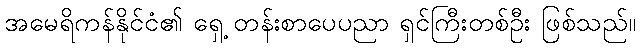
အမေရိကန်နိုင်ငံ၏ ရှေ့ တန်းစာပေပညာ ရှင်ကြီးတစ်ဦး ဖြစ်သည်။